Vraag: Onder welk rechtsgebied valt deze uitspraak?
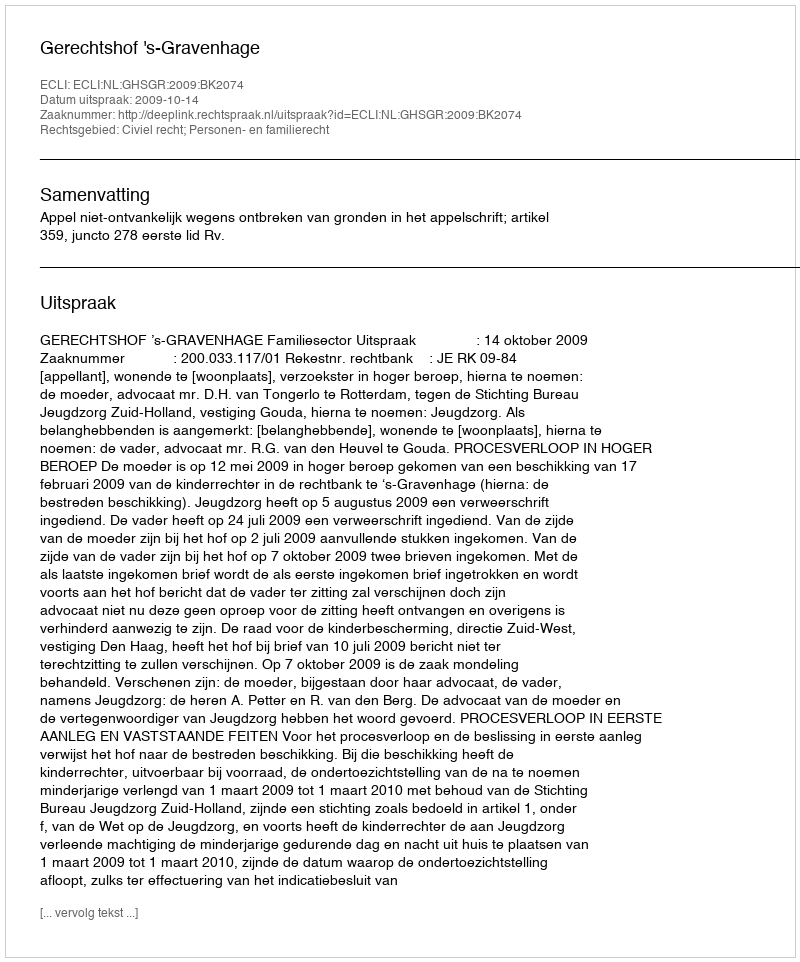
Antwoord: Civiel recht; Personen- en familierecht